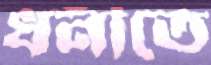
ধনীতে